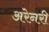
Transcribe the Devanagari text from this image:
अरेनरी